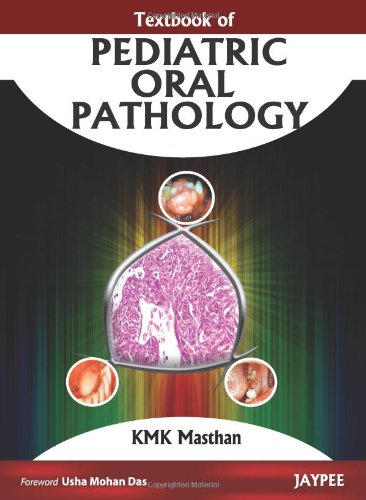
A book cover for Textbook of Pediatric Oral Pathology; MASTHAN; Medical Books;